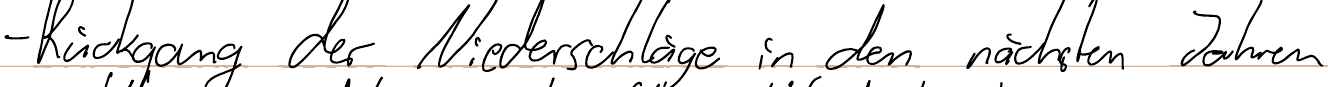
- Rückgang der Niederschläge in den nächsten Jahren